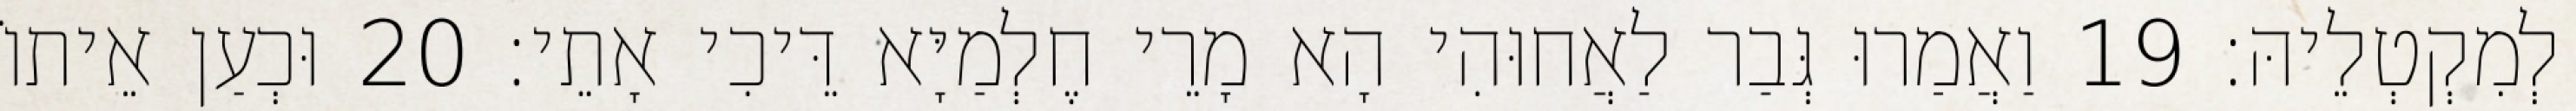
לְמִקְטְלֵיהּ׃ 19 וַאֲמַרוּ גְּבַר לַאֲחוּהִי הָא מָרֵי חֶלְמַיָּא דֵּיכִי אָתֵי׃ 20 וּכְעַן אֵיתוֹ